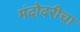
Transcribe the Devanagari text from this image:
मंदोदरीचा